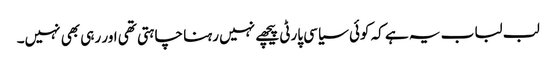
لب لباب یہ ہے کہ کوئی سیاسی پارٹی پیچھے نہیں رہنا چاہتی تھی اور رہی بھی نہیں۔